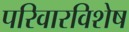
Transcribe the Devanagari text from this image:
परिवारविशेष